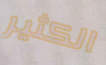
الكثير